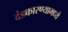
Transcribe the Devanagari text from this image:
दंडकारण्यामध्ये